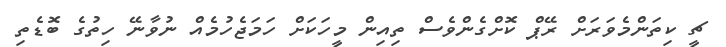
ޗީ ކިތަންމެވަރަށް ރޭޕް ކޮށްގެންވެސް ތިއިން މީހަކަށް ހަމަޖެހުމެއް ނުވާނޭ ހިތުގެ ބޮޑެތި